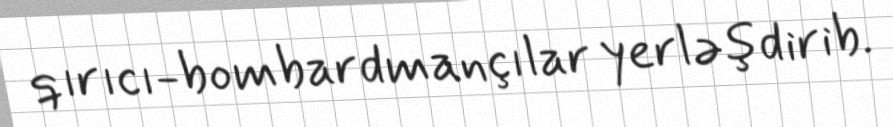
qırıcı-bombardmançılar yerləşdirib.